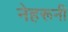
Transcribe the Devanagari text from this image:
नेहरूनी